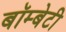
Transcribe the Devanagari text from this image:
बॉम्बेटी